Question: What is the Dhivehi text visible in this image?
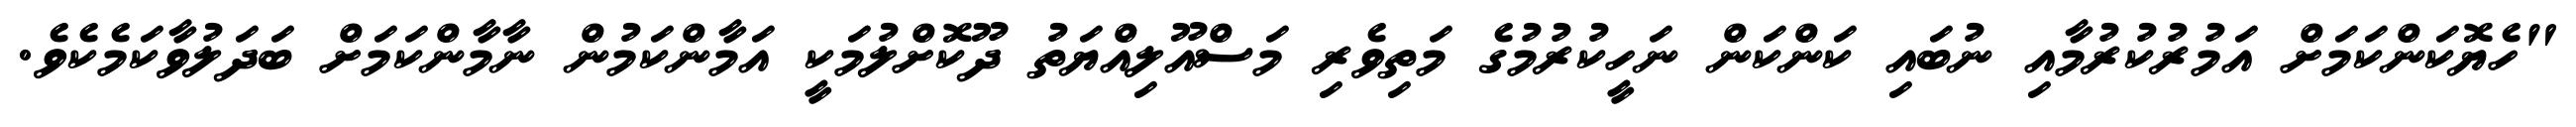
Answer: "ހެޔޮކަންކަމަށް އަމުރުކުރުމާއި ނުބައި ކަންކަން ނަހީކުރުމުގެ މަތިވެރި މަސްއޫލިއްޔަތު ދޫކޮށްލުމަކީ އަމާންކަމުން ނާމާންކަމަށް ބަދަލުވާކަމެކެވެ.